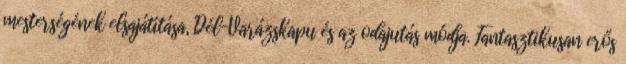
mesterségének elsajátítása, Dél-Varázskapu és az odajutás módja. Fantasztikusan erős